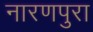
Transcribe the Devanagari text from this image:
नारणपुरा